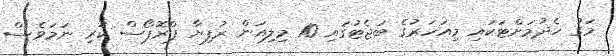
މަގު ހެދުމަށްޓަކައި މިއަހަރުގެ ބަޖެޓުގައި 10 މިލިއަން ރުފިޔާ ޕްރޮޕޯސް ކުރި ނަމަވެސް